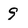
Character: 9